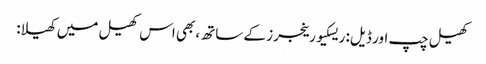
کھیل چپ اور ڈیل: ریسکیو رینجرز کے ساتھ، بھی اس کھیل میں کھیلا: